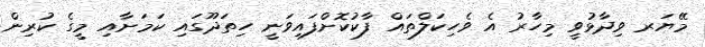
މޭޔަރ ވިދާޅުވީ މިހާރު އެ ވެހިކަލްތައް ފާކުކޮށްފައިވަނީ ހިތަދޫގައި ކަމަށާއި މީގެ ކުރިން